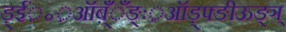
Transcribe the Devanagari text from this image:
ड़्ईं़॰़ऑब़्ँँँङ्ः़ऑड़्फ्ङीऊङ्ञ्